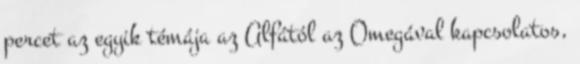
percet az egyik témája az Alfától az Omegával kapcsolatos,